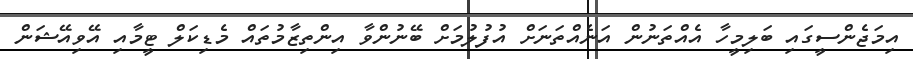
އިމަޖެންސީގައި ބަލިމީހާ އެއްތަނުން އަނެއްތަނަށް އުފުލުމަށް ބޭނުންވާ އިންތިޒާމުތައް މެޑިކަލް ޓީމާއި އޭވިއޭޝަން